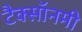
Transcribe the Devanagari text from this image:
टैक्सॉनमी